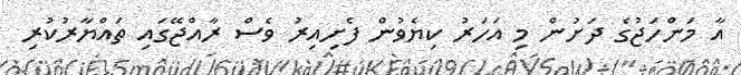
އާ މަންހަޖުގެ ދަށުން މި އަހަރު ކިޔެވުން ފެށިއިރު ވެސް ރާއްޖޭގައި ތައްޔާރުކުރި